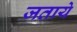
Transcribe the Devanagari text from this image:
जताये